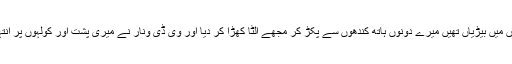
تیسرے شخص نے باوجود یہ کہ میرے ہاتھوں میں بیڑیاں تھیں میرے دونوں ہاتھ کندھوں سے پکڑ کر مجھے الٹا کھڑا کر دیا اور وی ڈی ونار نے میری پشت اور کولہوں پر انتہائی درندگی سے ڈنڈے برسانے شروع کیے۔